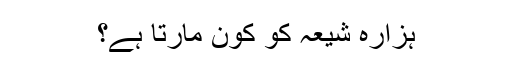
ہزارہ شیعہ کو کون مارتا ہے؟